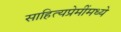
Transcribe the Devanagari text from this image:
साहित्यप्रेमींमध्ये